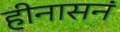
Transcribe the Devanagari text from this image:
हीनासनं